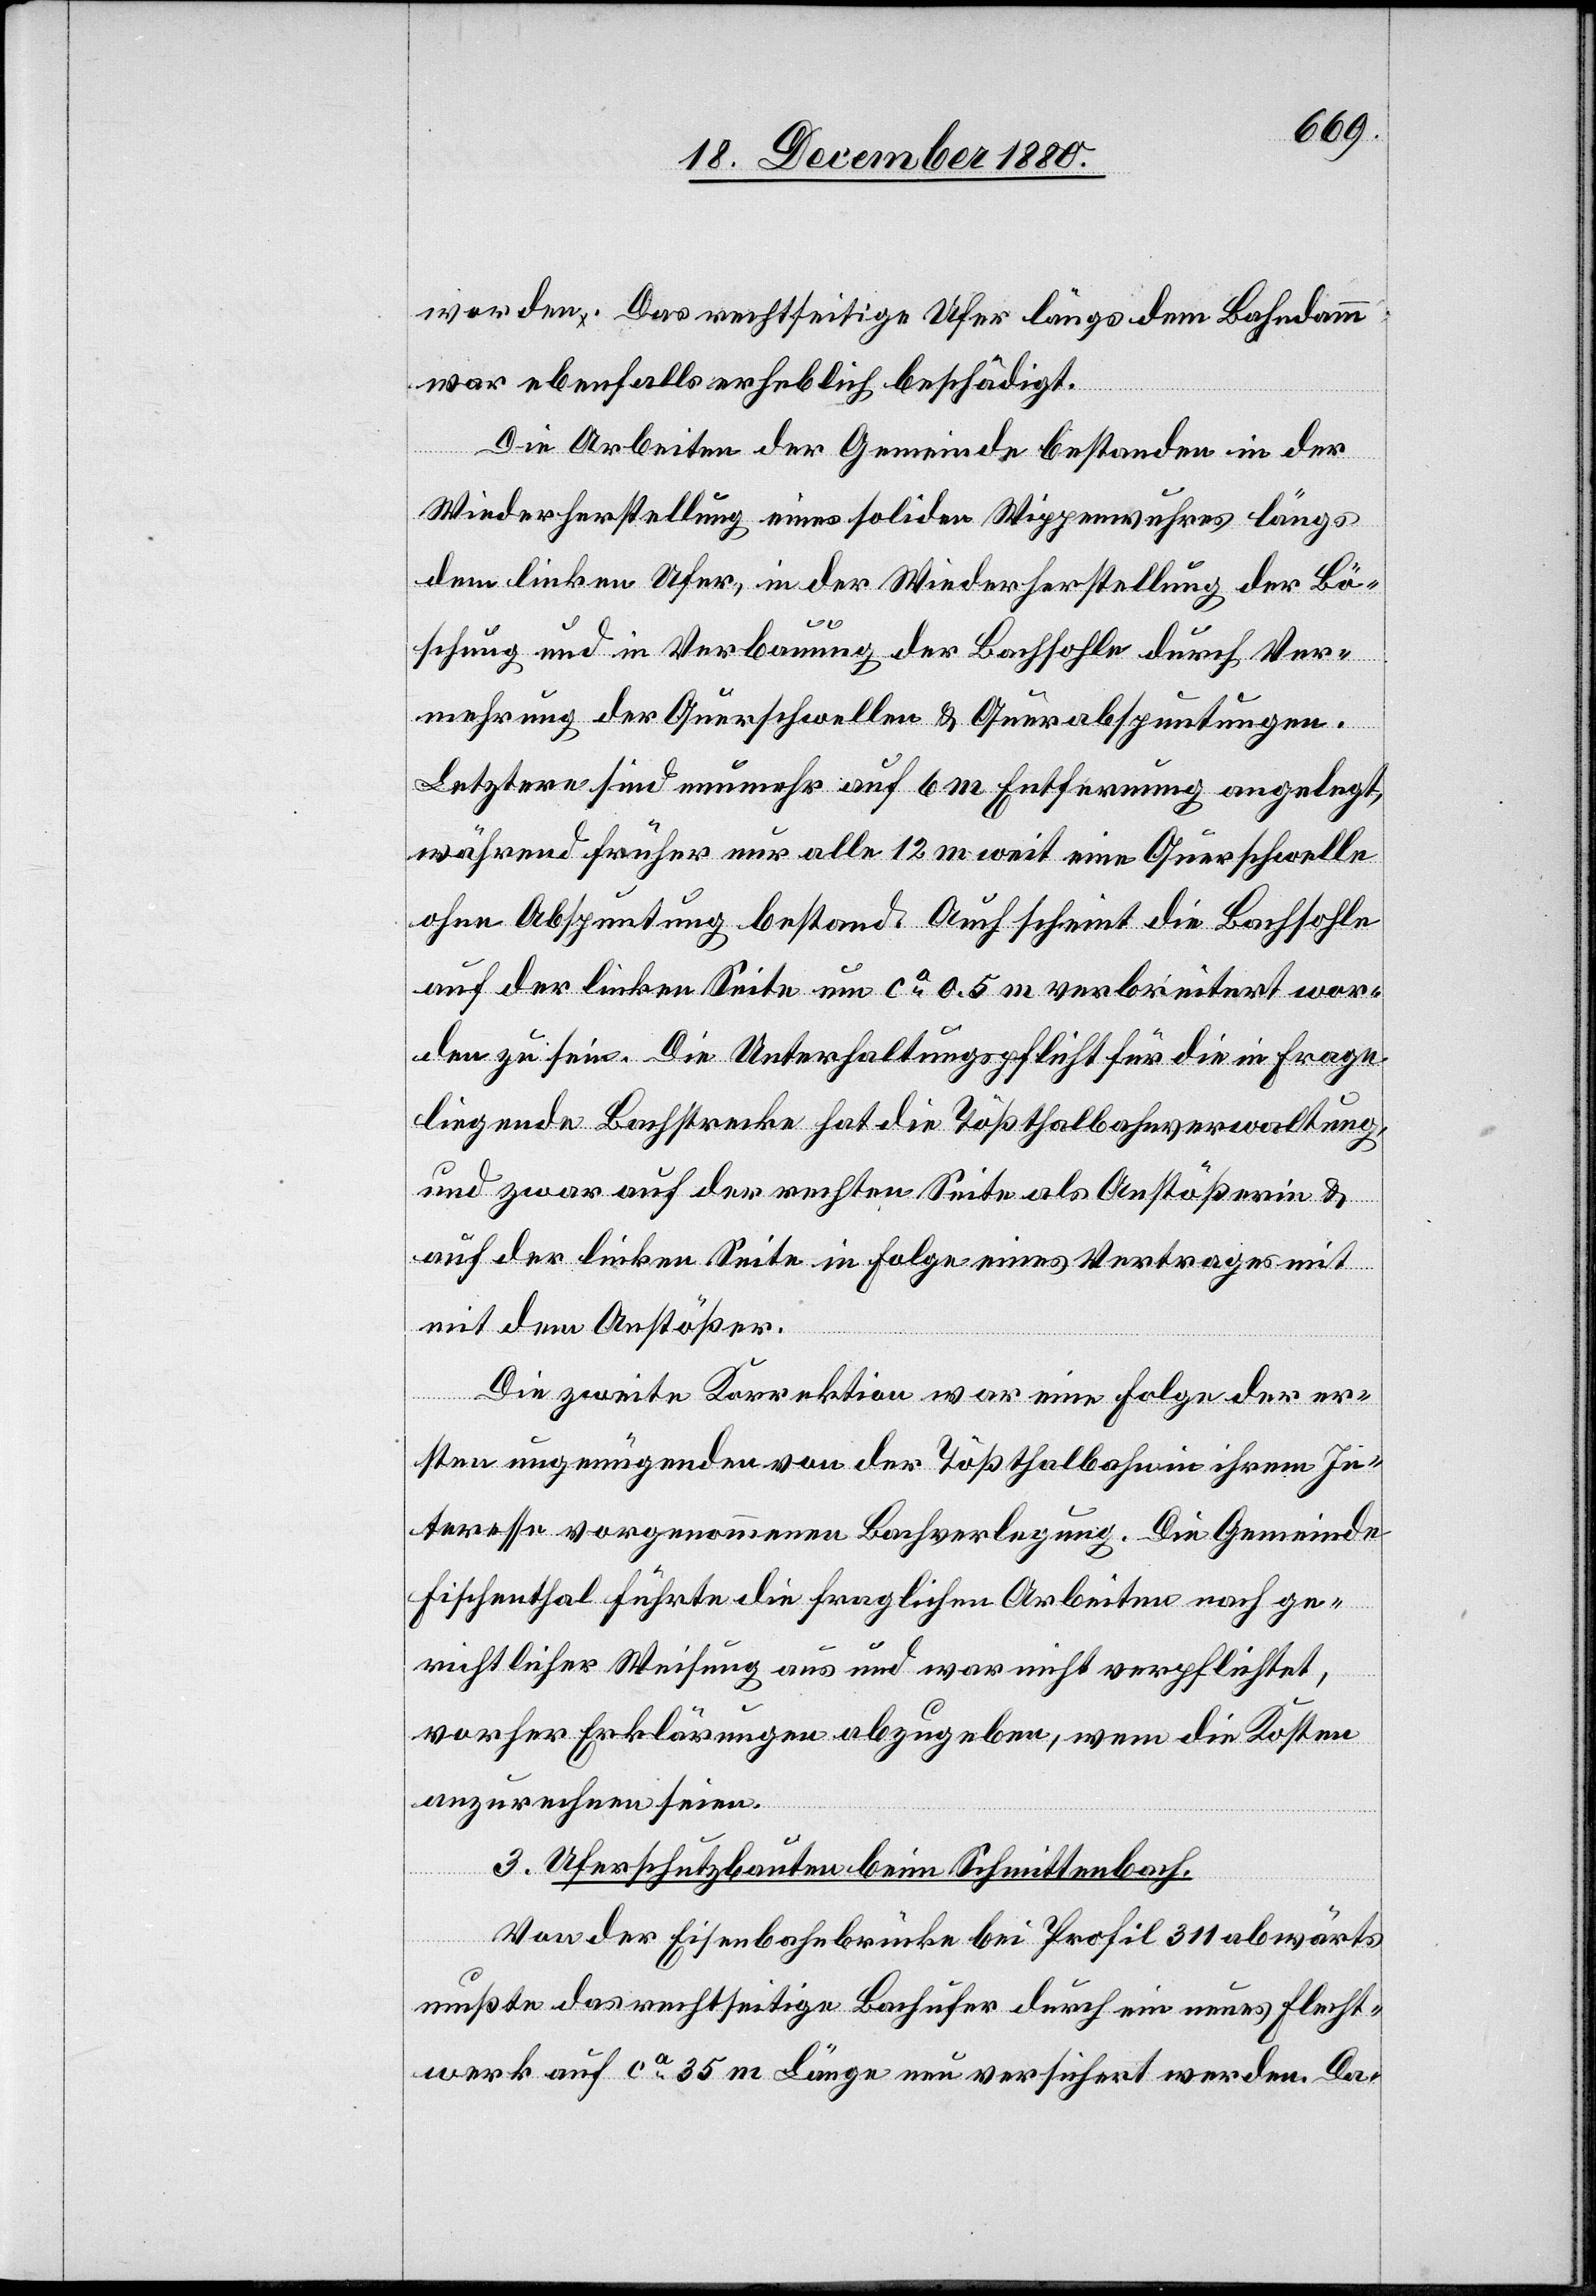
worden. Das rechtseitige Ufer längs dem Bahndamm
war ebenfalls erheblich beschädigt.
Die Arbeiten der Gemeinde bestanden in der
Wiederherstellung eines soliden Wippenwuhres längs
dem linken Ufer, in der Wiederherstellung der Bö¬
schung und in Verbauung der Bachsohle durch Ver¬
mehrung der Querschwellen & Querabsputungen.
Letztere sind nunmehr auf 6 m Entfernung angelegt,
während früher nur alle 12 m weit eine Querschwelle
ohne Absputung bestand. Auch scheint die Bachsohle
auf der linken Seite um ca 0.5 m verbreitert wor¬
den zu sein. Die Unterhaltungspflicht für die in Frage
liegende Bachstrecke hat die Tößthalbahnverwaltung,
und zwar auf der rechten Seite als Anstößerin &
auf der linken Seite in Folge eines Vertrages
mit dem Anstößer.
Die zweite Korrektion war eine Folge der er¬
sten ungenügenden von der Tößthalbahn in ihrem In¬
teresse vorgenommenen Bahnverlegung. Die Gemeinde
Fischenthal führte die fraglichen Arbeiten nach ge¬
richtlicher Weisung aus und war nicht verpflichtet,
vorher Erklärungen abzugeben, wem die Kosten
anzurechnen seien.
3. Uferschutzbauten beim Schmittenbach.
Von der Eisenbahnbrücke bei Profil 311 abwärts
mußte das rechtseitige Bachufer durch ein neues Flecht¬
werk auf ca 35 m Länge neu versichert werden. Da-